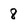
Character: 8